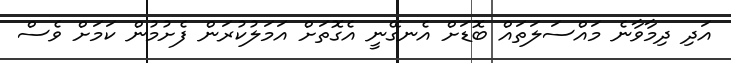
އަދި ދިމާވާނެ މައްސަލަތައް ބޮޑަށް އެނގޭނީ އެގޮތަށް އަމަލުކުރަން ފެށުމުން ކަމަށް ވެސް